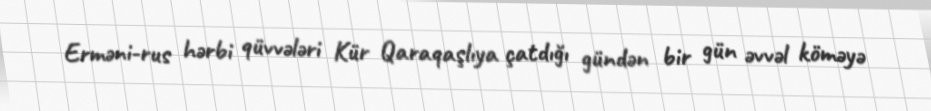
Erməni-rus hərbi qüvvələri Kür Qaraqaşlıya çatdığı gündən bir gün əvvəl köməyə